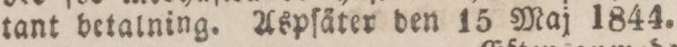
tant betalning. Aspſäter den 15 Maj 1844.